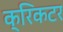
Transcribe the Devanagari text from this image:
क्रिकटर